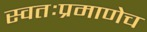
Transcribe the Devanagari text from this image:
स्वतःप्रमाणेच